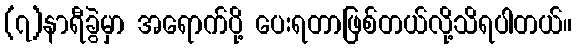
(၇)နာရီခွဲမှာ အရောက်ပို့ ပေးရတာဖြစ်တယ်လို့သိရပါတယ်။